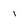
Character: i